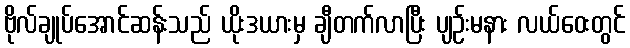
ဗိုလ်ချုပ်အောင်ဆန်းသည် ယိုးဒယားမှ ချီတက်လာပြီး ပျဉ်းမနား လယ်ဝေးတွင်